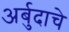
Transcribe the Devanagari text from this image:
अर्बुदाचे